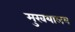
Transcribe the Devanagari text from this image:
मुखयालय